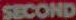
SECOND